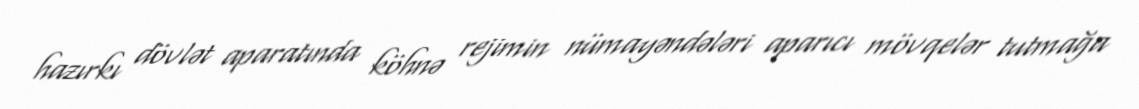
hazırkı dövlət aparatında köhnə rejimin nümayəndələri aparıcı mövqelər tutmağa